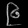
Digit: ၉